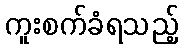
ကူးစက်ခံရသည့်